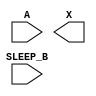
module sky130_fd_sc_lp__iso0n (
    //# {{data|Data Signals}}
    input  A      ,
    output X      ,

    //# {{power|Power}}
    input  SLEEP_B
);

    // Voltage supply signals
    supply1 VPWR ;
    supply0 KAGND;
    supply1 VPB  ;
    supply0 VNB  ;

endmodule